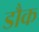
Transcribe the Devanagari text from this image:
डौक